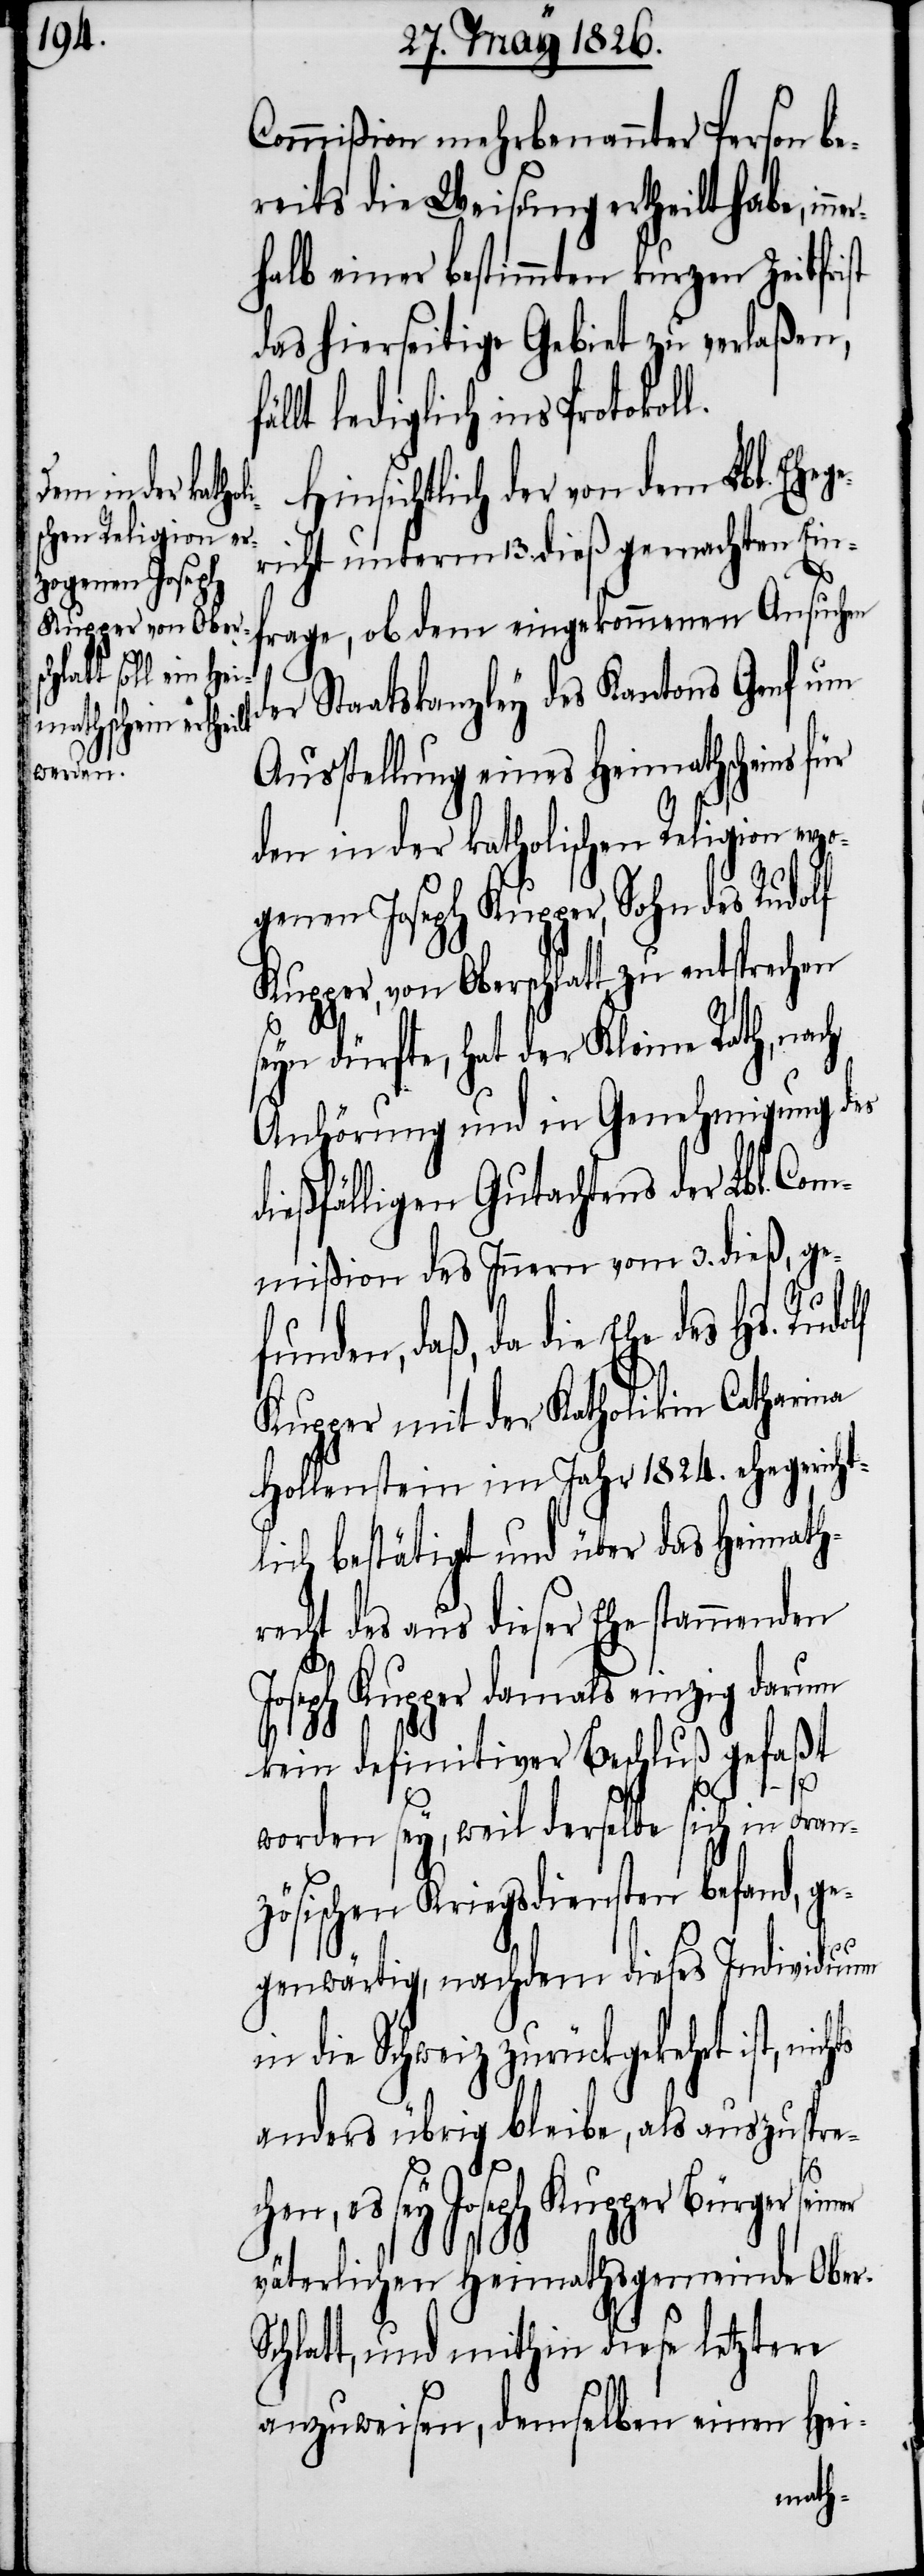
Kupper, von Ober¬
chen, es sey

r-S¬
Commißion mehrbenannter Person be¬
reits die Weisung ertheilt habe, in¬
halb einer bestimmten kurzen Zeitfrist
das hierseitige Gebiet zu verlaßen,
lediglich ins Protokol¬
Hinsichtlich der von dem Lbl. Eheg¬
ericht unterm 13. dieß gemachten Ein¬
frage, ob dem eingekommenen Ansuchen
der Staatskanzley des Kantons Genf um
Ausstellung eines Heimathscheins
den in der katholischen Religion erzo¬
genen Joseph Kupper, Sohn des Rudolf
seyn dürfte, hat der Kleine Rath, nach
Anhörung und in Genehmigung des
dießfälligen Gutachtens der Lbl. Com¬
mißion des Innern vom 3. dieß, ge¬
l.
funden, daß, da die Ehe des Hs. Rudolf
Kupper mit der Katholikin Catharina
Hollenstein im Jahr 1824. ehegericht¬
lich bestätigt und über das Heimath¬
recht des aus dieser Ehe stammenden
Joseph Kupper damals einzig darum
kein definitiver Beschluß gefaßt
worden sey, weil derselbe sich in Fran¬
zösischen Kriegsdiensten befand, ge¬
genwärtig, nachdem dieses Individuum
die Schweiz zurückgekehrt ist,
anders übrig bleibe, als auszuspre¬
Joseph Kupper Bürger seiner
väterlichen Heimathsgemeinde Obe¬
chlatt, und mithin diese letztere
anzuweisen, demselben einen Hei-